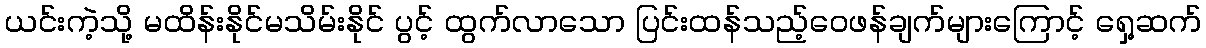
ယင်းကဲ့သို့ မထိန်းနိုင်မသိမ်းနိုင် ပွင့် ထွက်လာသော ပြင်းထန်သည့်ဝေဖန်ချက်များကြောင့် ရှေ့ဆက်